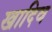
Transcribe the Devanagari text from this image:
खादिव